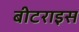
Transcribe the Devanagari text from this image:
बीटराइस